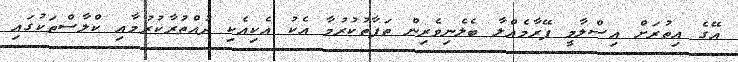
އޭގެ އިތުރަށް އިސްލާމީ ފޭރާމެއްލާ ބެލެނިވެރިން ތަފާތުކުރުމާ އެކު އެކިއެކި ދުއްތުރާކުރުމާއި ކްލާސްތަކުގައި